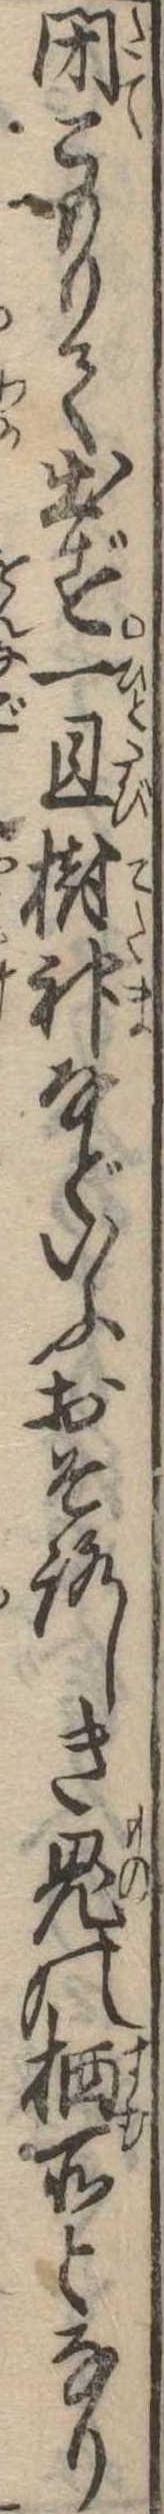
閉こもりく出ず一旦樹神などいふおそろしき鬼の棲所となり